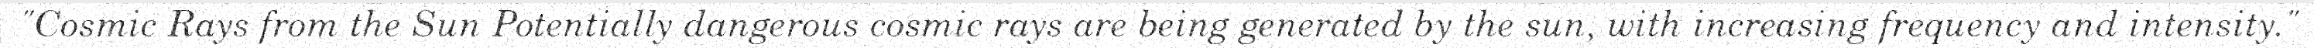
"Cosmic Rays from the Sun Potentially dangerous cosmic rays are being generated by the sun, with increasing frequency and intensity."